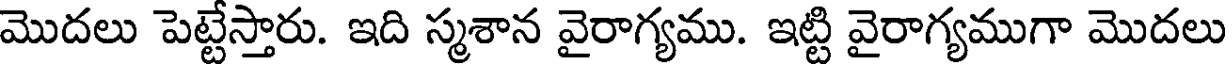
మొదలు పెట్టేస్తారు. ఇది స్మశాన వైరాగ్యము. ఇట్టి వైరాగ్యముగా మొదలు